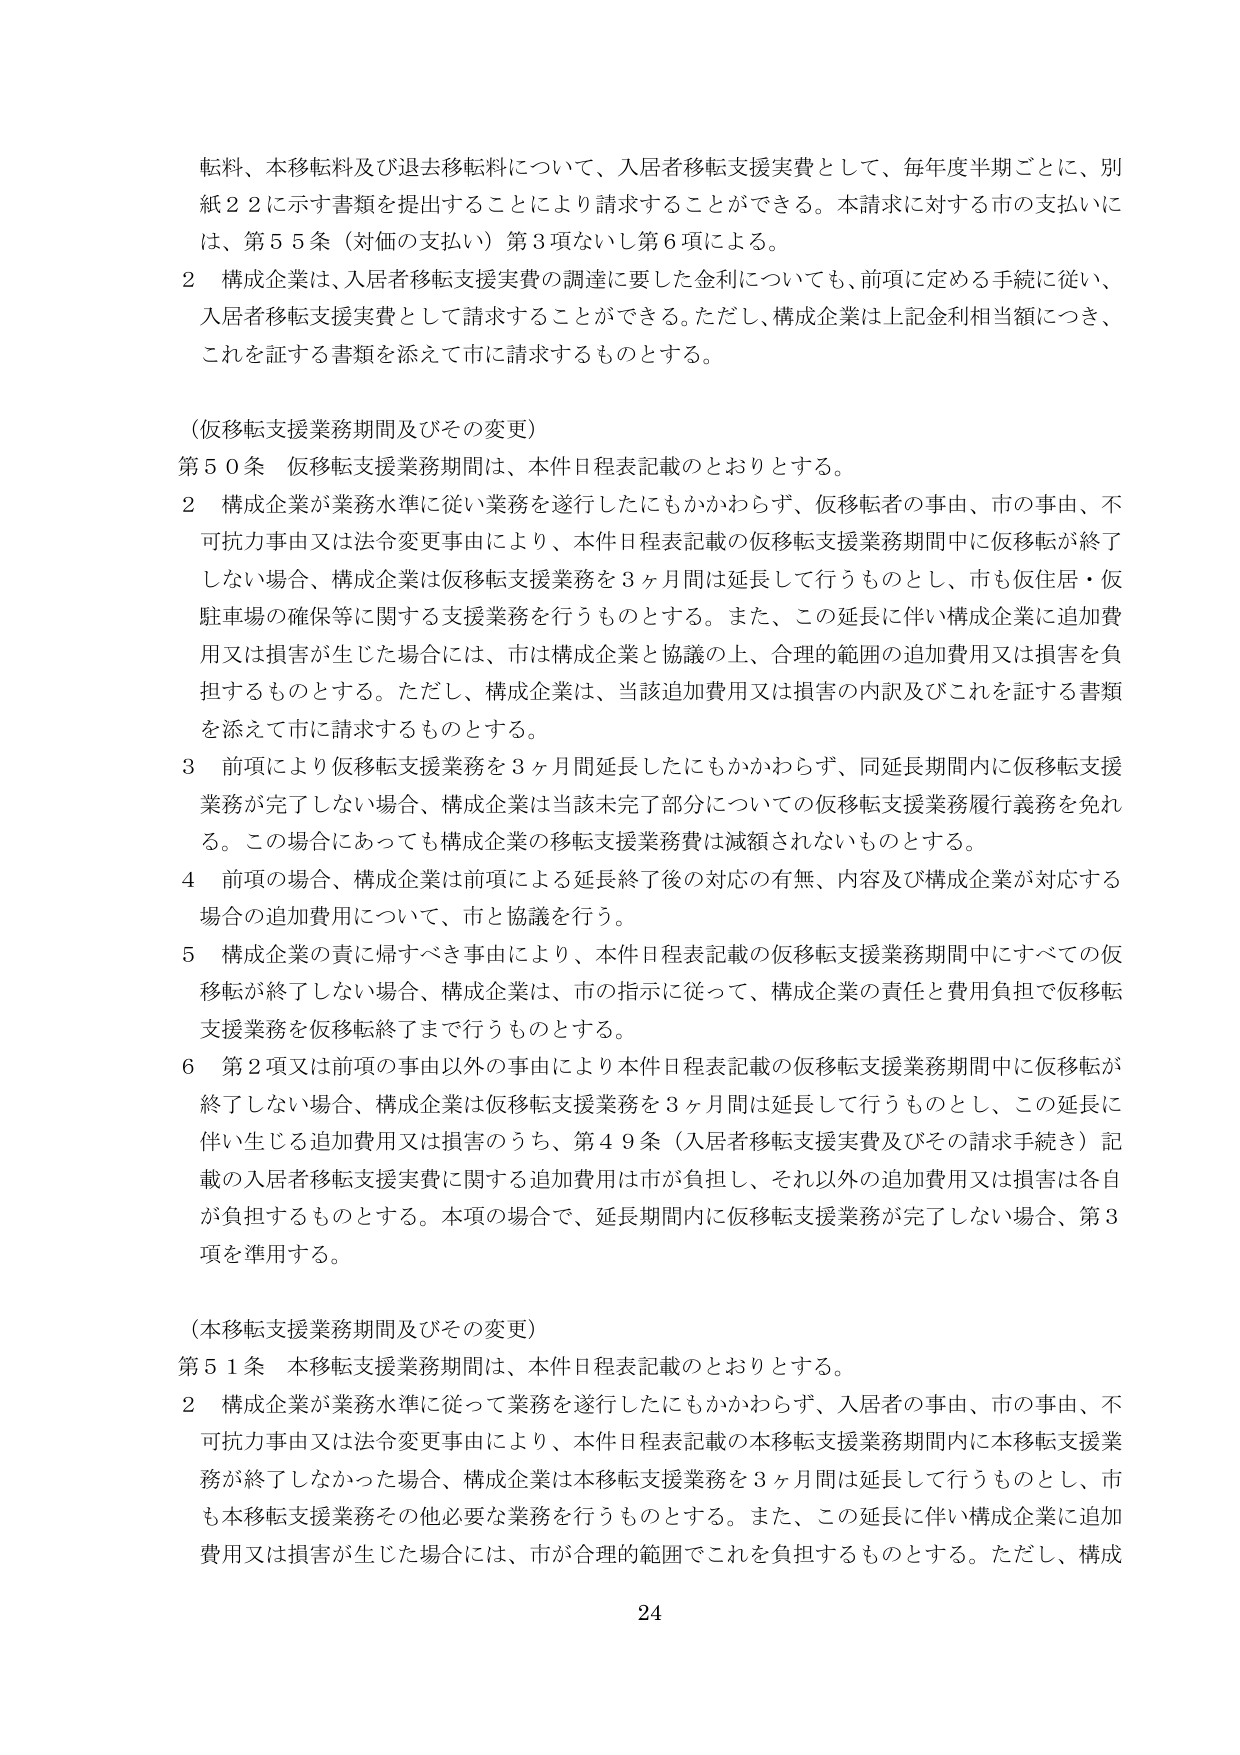
転料、本移転料及び退去移転料について、入居者移転支援実費として、毎年度半期ごとに、別紙２２に示す書類を提出することにより請求することができる。本請求に対する市の支払いには、第５５条（対価の支払い）第３項ないし第６項による。

２ 構成企業は、入居者移転支援実費の調達に要した金利についても、前項に定める手続に従い、入居者移転支援実費として請求することができる。ただし、構成企業は上記金利相当額につき、これを証する書類を添えて市に請求するものとする。

（仮移転支援業務期間及びその変更）

第５０条 仮移転支援業務期間は、本件日程表記載のとおりとする。

２ 構成企業が業務水準に従い業務を遂行したにもかかわらず、仮移転者の事由、市の事由、不可抗力事由又は法令変更事由により、本件日程表記載の仮移転支援業務期間中に仮移転が終了しない場合、構成企業は仮移転支援業務を３ヶ月間は延長して行うものとし、市も仮住居・仮駐車場の確保等に関する支援業務を行うものとする。また、この延長に伴い構成企業に追加費用又は損害が生じた場合には、市は構成企業と協議の上、合理的範囲の追加費用又は損害を負担するものとする。ただし、構成企業は、当該追加費用又は損害の内訳及びこれを証する書類を添えて市に請求するものとする。

３ 前項により仮移転支援業務を３ヶ月間延長したにもかかわらず、同延長期間内に仮移転支援業務が完了しない場合、構成企業は当該未完了部分についての仮移転支援業務履行義務を免れる。この場合にあっても構成企業の移転支援業務費は減額されないものとする。

４ 前項の場合、構成企業は前項による延長終了後の対応の有無、内容及び構成企業が対応する場合の追加費用について、市と協議を行う。

５ 構成企業の責に帰すべき事由により、本件日程表記載の仮移転支援業務期間中にすべての仮移転が終了しない場合、構成企業は、市の指示に従って、構成企業の責任と費用負担で仮移転支援業務を仮移転終了まで行うものとする。

６ 第２項又は前項の事由以外の事由により本件日程表記載の仮移転支援業務期間中に仮移転が終了しない場合、構成企業は仮移転支援業務を３ヶ月間は延長して行うものとし、この延長に伴い生じる追加費用又は損害のうち、第４９条（入居者移転支援実費及びその請求手続き）記載の入居者移転支援実費に関する追加費用は市が負担し、それ以外の追加費用又は損害は各自が負担するものとする。本項の場合で、延長期間内に仮移転支援業務が完了しない場合、第３項を準用する。

（本移転支援業務期間及びその変更）

第５１条 本移転支援業務期間は、本件日程表記載のとおりとする。

２ 構成企業が業務水準に従って業務を遂行したにもかかわらず、入居者の事由、市の事由、不可抗力事由又は法令変更事由により、本件日程表記載の本移転支援業務期間内に本移転支援業務が終了しなかった場合、構成企業は本移転支援業務を３ヶ月間は延長して行うものとし、市も本移転支援業務その他必要な業務を行うものとする。また、この延長に伴い構成企業に追加費用又は損害が生じた場合には、市が合理的範囲でこれを負担するものとする。ただし、構成

24